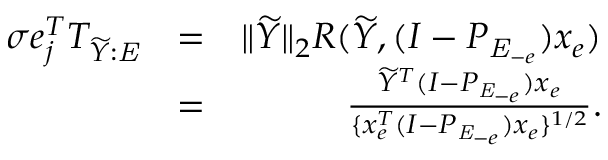
\begin{array} { r l r } { \sigma e _ { j } ^ { T } T _ { \widetilde { Y } : \mathit { E } } } & { = } & { \| \widetilde { Y } \| _ { 2 } R ( \widetilde { Y } , ( I - P _ { \mathit { E } _ { - e } } ) x _ { e } ) } \\ & { = } & { \frac { \widetilde { Y } ^ { T } ( I - P _ { \mathit { E } _ { - e } } ) x _ { e } } { \{ x _ { e } ^ { T } ( I - P _ { \mathit { E } _ { - e } } ) x _ { e } \} ^ { 1 / 2 } } . } \end{array}